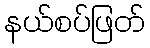
နယ်စပ်ဖြတ်